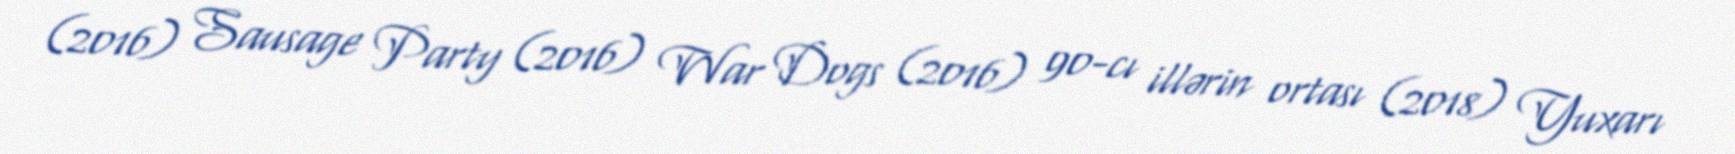
(2016) Sausage Party (2016) War Dogs (2016) 90-cı illərin ortası (2018) Yuxarı